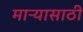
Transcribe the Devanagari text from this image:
माऱ्यासाठी